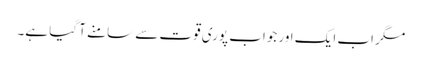
مگر اب ایک اور جواب پوری قوت سے سامنے آ گیا ہے۔